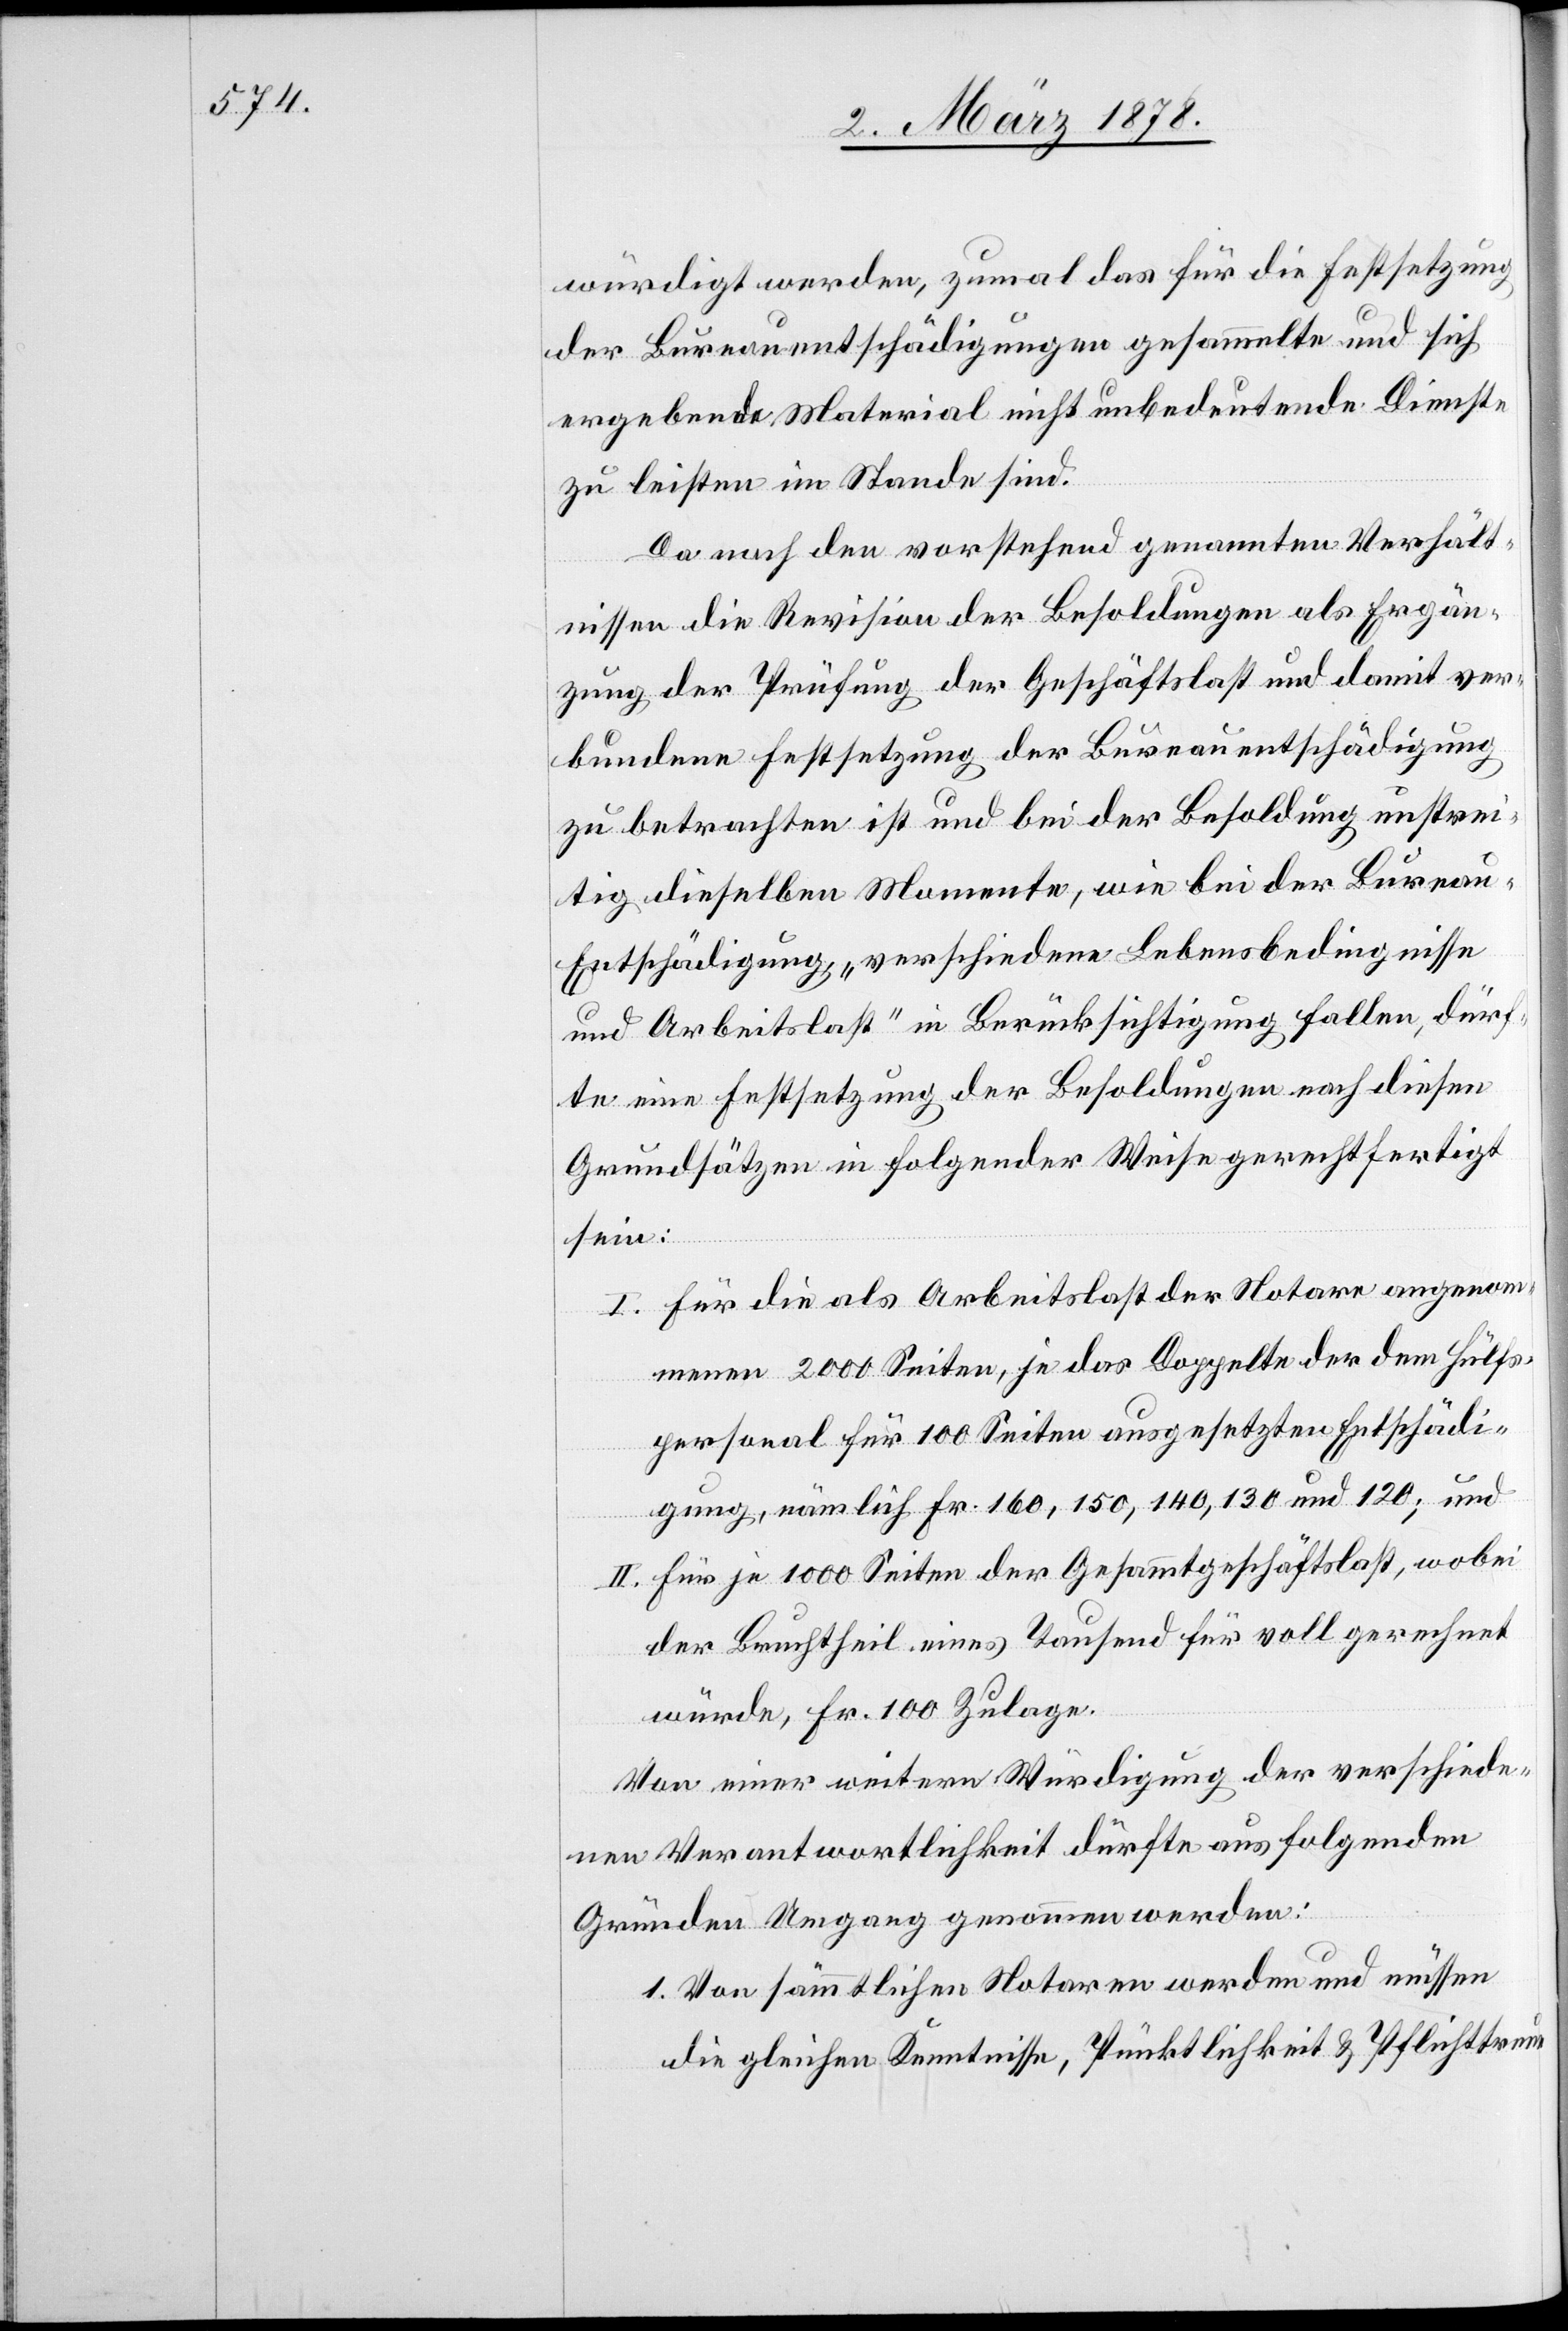
würdigt werden, zumal das für die Festsetzung
der Bureauentschädigungen gesammelte und sich
ergebende Material nicht unbedeutende Dienste
zu leisten im Stande sind.
Da nach den vorstehend genannten Verhält¬
nissen die Revision der Besoldungen als Ergän¬
zung der Prüfung der Geschäftslast und damit ver¬
bundene Festsetzung der Bureauentschädigung
zu betrachten ist und bei der Besoldung unstrei¬
tig dieselben Momente, wie bei der Burea¬
u-Entschädigung „verschiedene Lebensbedingnisse
und Arbeitslast“ in Berücksichtigung fallen, dürf¬
te eine Festsetzung der Besoldungen nach diesen
Grundsätzen in folgender Weise gerechtfertigt
sein:
I. Für die als Arbeitslast der Notare angenom¬
menen 2000 Seiten, je das Doppelte der dem Hülfs¬
personal für 100 Seiten ausgesetzten Entschädi¬
gung, nämlich Fr. 160, 150, 140, 130 und 120; und
II. für je 1000 Seiten der Gesammtgeschäftslast, wobei
der Bruchtheil eines Tausend für voll gerechnet
würde, Fr. 100 Zulage.
Von einer weitern Würdigung der verschiede¬
nen Verantwortlichkeit dürfte aus folgenden
Gründen Umgang genommen werden:
1. Von sämmtlichen Notaren werden und müssen
die gleichen Kenntnisse, Pünktlichkeit & Pflichttreue